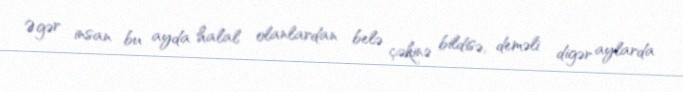
Əgər insan bu ayda halal olanlardan belə çəkinə bildisə, deməli digər aylarda